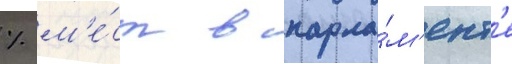
% м'е́ст в парла́м'ент'е